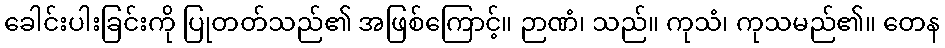
ခေါင်းပါးခြင်းကို ပြုတတ်သည်၏ အဖြစ်ကြောင့်။ ဉာဏံ၊ သည်။ ကုသံ၊ ကုသမည်၏။ တေန